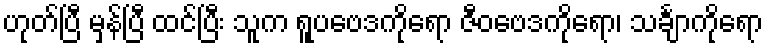
ဟုတ်ပြီ မှန်ပြီ ထင်ပြီး သူက ရူပဗေဒကိုရော ဇီဝဗေဒကိုရော၊ သင်္ချာကိုရော